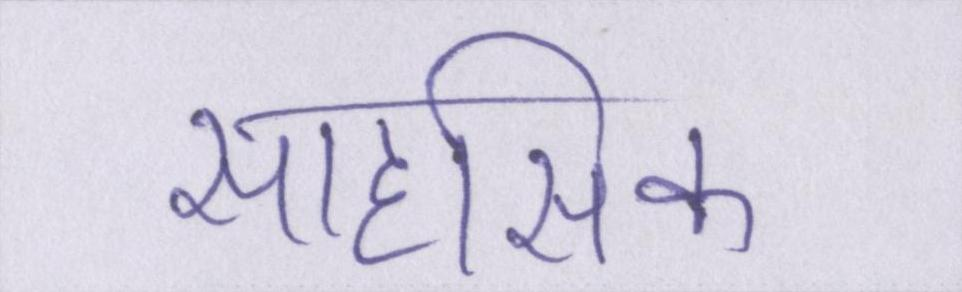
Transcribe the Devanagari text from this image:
साहसिक